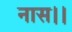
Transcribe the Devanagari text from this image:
नास।।